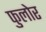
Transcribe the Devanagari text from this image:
फुलोर